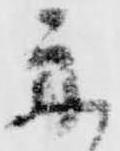
舟